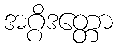
အဂ္ဂိဒတ္တော